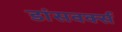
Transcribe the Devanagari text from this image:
डांसवर्क्स